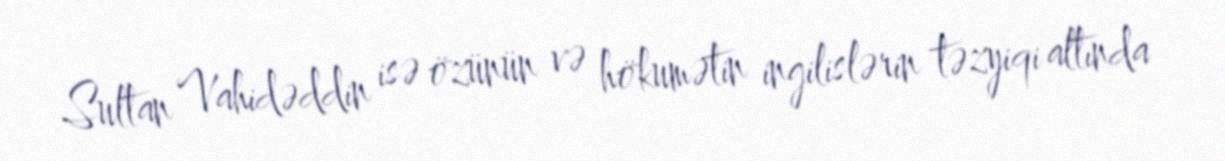
Sultan Vahidəddin isə özünün və hökumətin ingilislərin təzyiqi altında